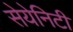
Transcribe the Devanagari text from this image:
सेयेनिटी